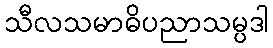
သီလသမာဓိပညာသမ္ပဒါ